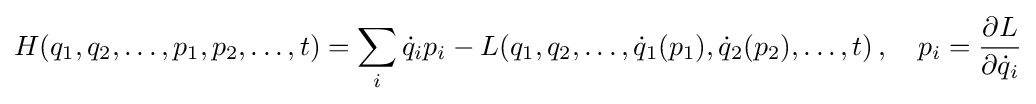
H(q_{1},q_{2},\ldots ,p_{1},p_{2},\ldots ,t)=\sum _{i}{\dot {q}}_{i}p_{i}-L(q_{1},q_{2},\ldots ,{\dot {q}}_{1}(p_{1}),{\dot {q}}_{2}(p_{2}),\ldots ,t)\,,\quad p_{i}={\frac {\partial L}{\partial {\dot {q}}_{i}}}